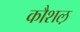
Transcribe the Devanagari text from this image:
कौशल़